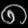
Digit: ၈